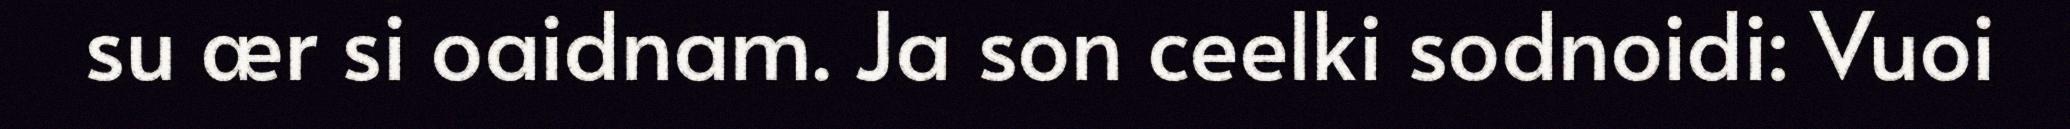
su ær si oaidnam. Ja son ceelki sodnoidi: Vuoi